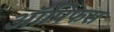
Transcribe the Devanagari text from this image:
ऑपिफस